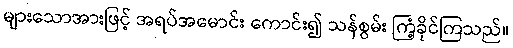
များသောအားဖြင့် အရပ်အမောင်း ကောင်း၍ သန်စွမ်း ကြံ့ခိုင်ကြသည်။